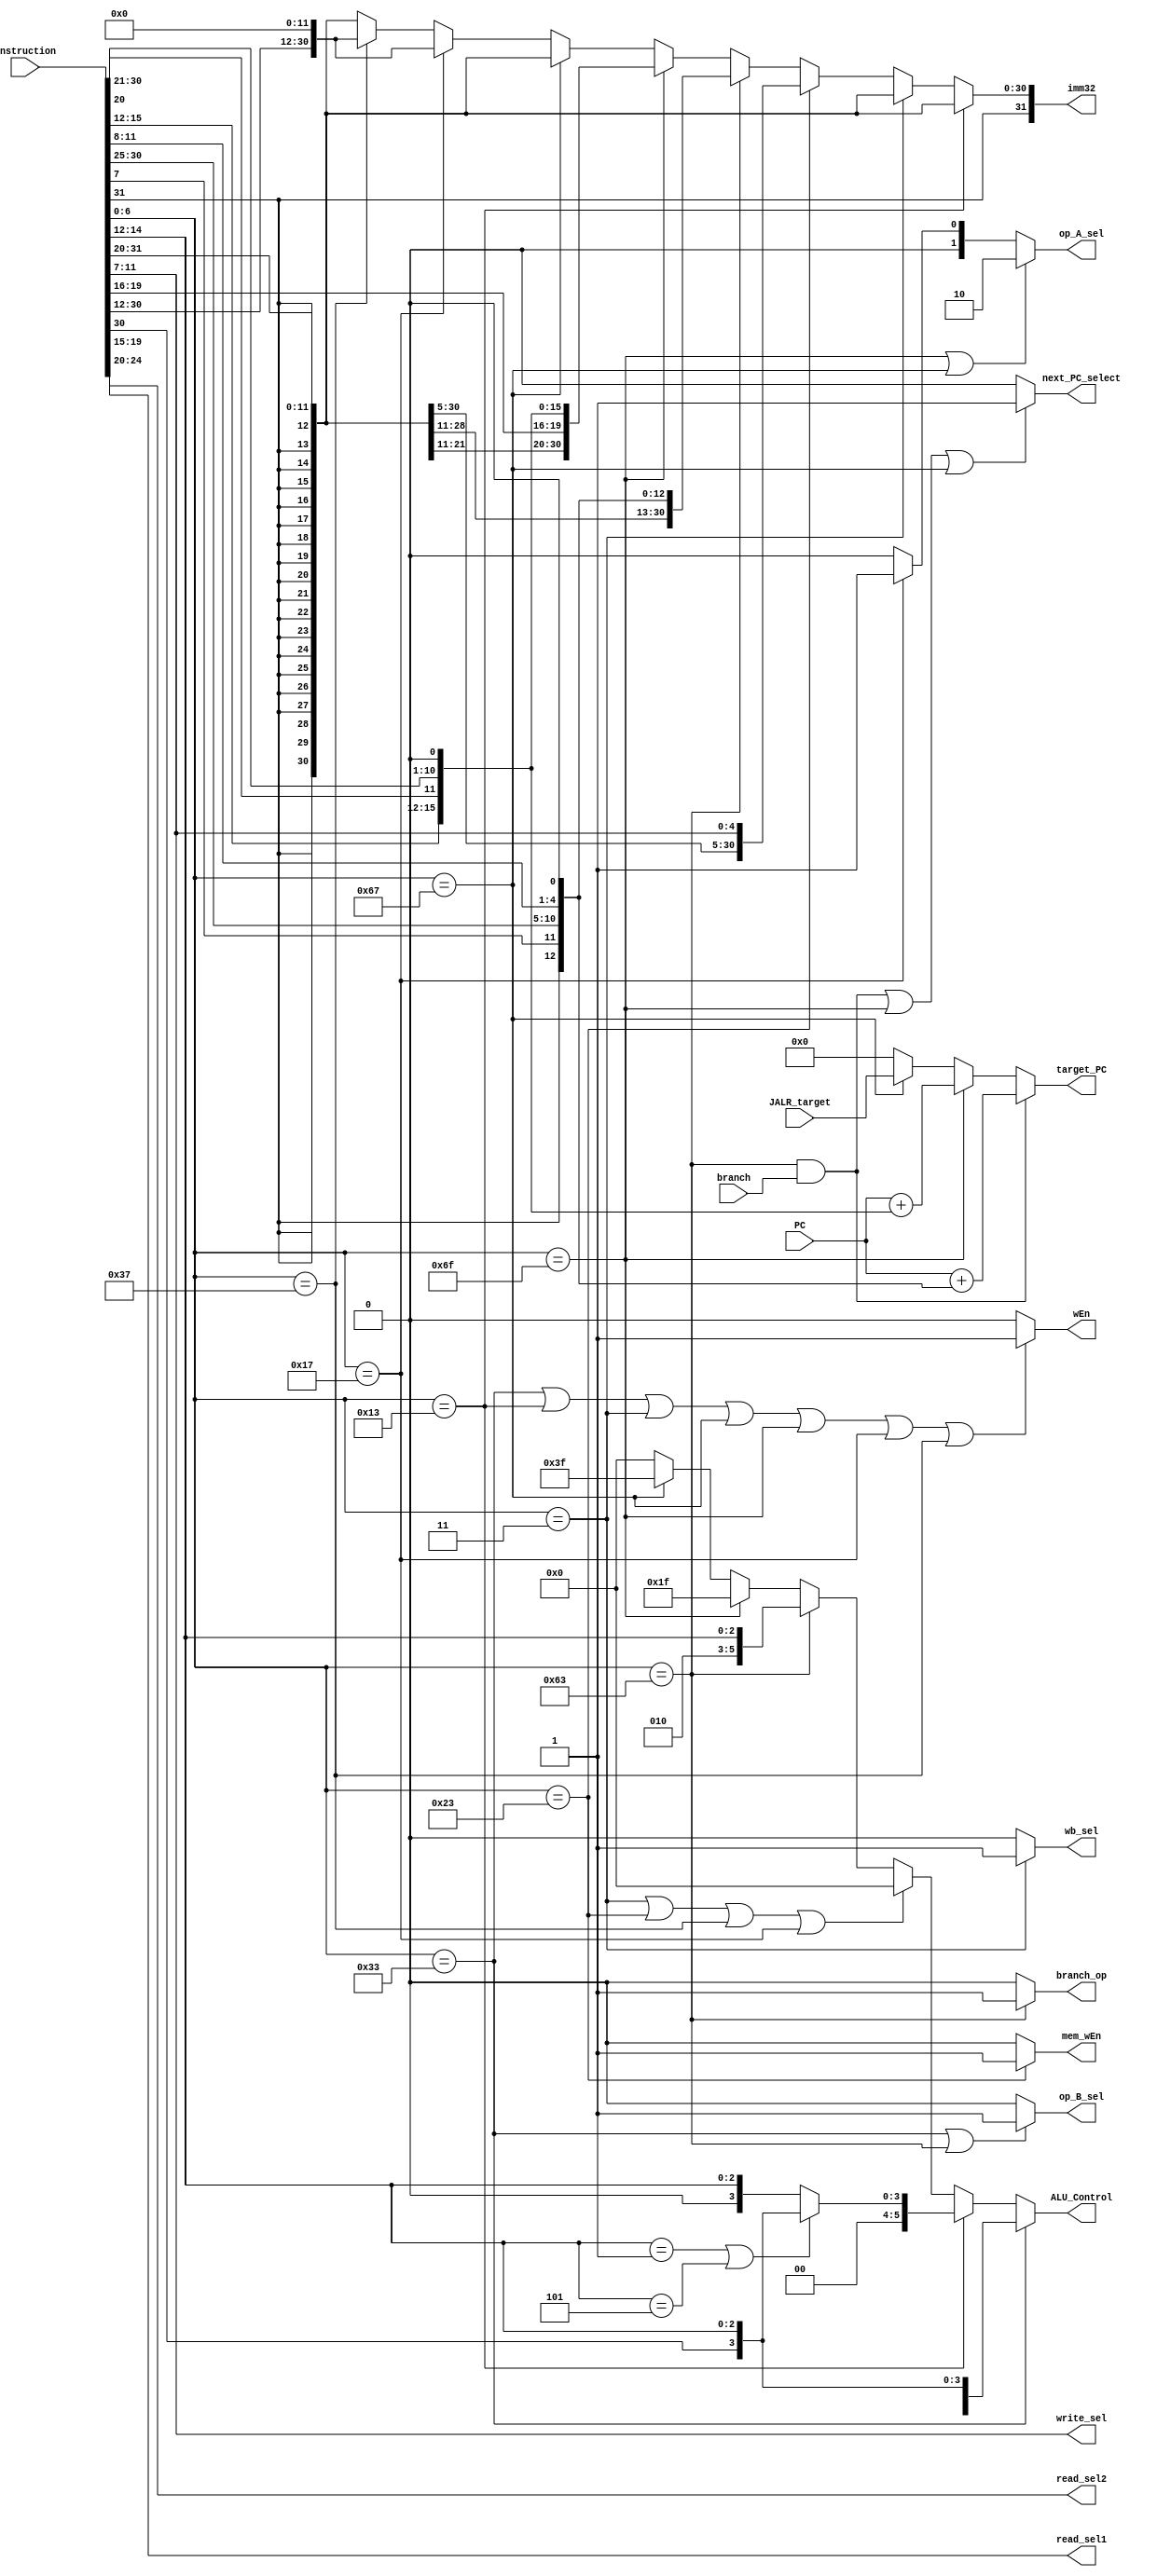
`timescale 1 ns / 1 ps
module decode #(
	parameter ADDRESS_BITS = 16
) (
	// Inputs from Fetch
	input [ADDRESS_BITS-1:0] PC,
	input [31:0] instruction,

	// Inputs from Execute/ALU
	input [ADDRESS_BITS-1:0] JALR_target,
	input branch,

	// Outputs to Fetch
	output next_PC_select,
	output [ADDRESS_BITS-1:0] target_PC,

	// Outputs to Reg File
	output [4:0] read_sel1,
	output [4:0] read_sel2,
	output [4:0] write_sel,
	output wEn,

	// Outputs to Execute/ALU
	output branch_op, // true if branch operation
	output [31:0] imm32,
	output [1:0] op_A_sel,
	output op_B_sel,
	output [5:0] ALU_Control,

	// Outputs to Memory
	output mem_wEn,

	// Outputs to Writeback
	output wb_sel
);

localparam [6:0]
	R_TYPE  = 7'b0110011,
	I_TYPE  = 7'b0010011,
	STORE   = 7'b0100011,
	LOAD    = 7'b0000011,
	BRANCH  = 7'b1100011,
	JALR    = 7'b1100111,
	JAL     = 7'b1101111,
	AUIPC   = 7'b0010111,
	LUI     = 7'b0110111;

// static decoding into different fields of all instruction types
// major and minor opcodes
wire [31:0] instr = instruction;
wire [6:0] opcode = instr[6:0];
wire [6:0] funct7 = instr[31:25];
wire [2:0] funct3 = instr[14:12];

// register selects
assign read_sel1 = instr[19:15];
assign read_sel2 = instr[24:20];
assign write_sel = instr[11:7];

// all immediate types; sign extension always uses instr[31]
wire [31:0] i_imm32 = {{20{instr[31]}}, instr[31:20]};
wire [31:0] s_imm32 = {{20{instr[31]}}, instr[31:25], instr[11:7]};
wire [31:0] b_imm32 = {{20{instr[31]}}, instr[7], instr[30:25], instr[11:8], 1'b0};
wire [31:0] u_imm32 = {instr[31:12], 12'b0};
wire [31:0] j_imm32 = {{12{instr[31]}}, instr[19:12], instr[20], instr[30:21], 1'b0};

// FETCH OUTPUT: PC addresses for branching instructions
// first we calculate the address
// then truncate to the size of the address width
wire [31:0] jal_target_32 =  {{ADDRESS_BITS{1'b0}}, PC} + $signed(j_imm32);
// jalr address is calculated by the toplevel since it needs read_data1
wire [31:0] branch_target_32 = $signed({16'b0, PC}) + $signed(b_imm32);
wire [ADDRESS_BITS-1:0] jal_target = jal_target_32[ADDRESS_BITS-1:0];
wire [ADDRESS_BITS-1:0] jalr_target = JALR_target;
wire [ADDRESS_BITS-1:0] branch_target = branch_target_32[ADDRESS_BITS-1:0];

// UPSTREAM: SET FETCH PC
assign next_PC_select = (((opcode == BRANCH) & (branch == 1)) |
						 (opcode == JAL)                      |
						 (opcode == JALR)
						) ? 1 : 0;

// if branching, set the PC according to the type of branch instruction
// branch target is calculated locally inside the decoder
assign target_PC = ((opcode == BRANCH) & (branch == 1)) ? branch_target :
	// jal target is calculated locally inside the decoder
	(opcode == JAL)  ? jal_target :
	// jalr target is calculated in the top level module
	(opcode == JALR) ? jalr_target : 32'b0;


// DOWNSTREAM: SET CONTROL SIGNALS
assign ALU_Control =
	// Quadrant 2'b00 or 2'b01 : arithmetic
    (opcode == R_TYPE) ? {2'b0, funct7[5], funct3} :
	(opcode == I_TYPE) ?
        // for I type left or right shifts, take care of logical and arithmetic shifts
        ((funct3 == 3'b001) | (funct3 == 3'b101)) ? {2'b0, funct7[5], funct3} :
                                                    {3'b0, funct3}
        :
    // Address generation arithmetic
	((opcode == LOAD) | (opcode == STORE) | (opcode == LUI) | (opcode == AUIPC)) ? 6'b0 :
	(opcode == BRANCH) ? {3'b010, funct3} :
	(opcode == JAL)    ? 6'b011_111       :
	(opcode == JALR)   ? 6'b111_111 : 6'b0;

assign imm32 = (opcode == I_TYPE) ? i_imm32 :
			   (opcode == LOAD)   ? i_imm32 :
			   (opcode == STORE)  ? s_imm32 :
			   (opcode == BRANCH) ? b_imm32 :
			   (opcode == JAL)    ? j_imm32 :
			   (opcode == JALR)   ? i_imm32 :
			   (opcode == AUIPC)  ? u_imm32 :
			   (opcode == LUI)    ? u_imm32 : i_imm32;

assign op_A_sel = ((opcode == JAL) | (opcode == JALR)) ? 2'b10 :
				  (opcode == AUIPC) ? 2'b01 : 2'b00;

assign op_B_sel = ((opcode == R_TYPE) | (opcode == BRANCH)) ? 1 : 0;

assign wEn = ((opcode == R_TYPE) |
              (opcode == I_TYPE) |
              (opcode == LOAD)   |
              (opcode == JALR)   |
              (opcode == JAL)    |
              (opcode == AUIPC)  |
              (opcode == LUI)) ? 1 : 0;

assign mem_wEn   = (opcode == STORE) ? 1 : 0;

assign branch_op = (opcode == BRANCH) ? 1 : 0;

assign wb_sel    = (opcode == LOAD) ? 1 : 0;

endmodule